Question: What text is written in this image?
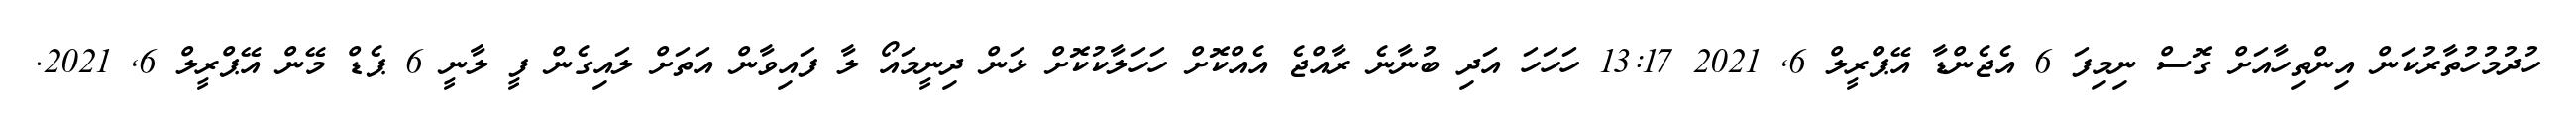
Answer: ހުދުމުހުތާރުކަން އިންތިހާއަށް ގޮސް ނިމިފަ 6 އެޖެންޑާ އޭޕްރީލް 6, 2021 13:17 ހަހަހަ އަދި ބުނާނެ ރާއްޖެ އެއްކޮށް ހަހަލާކުކޮށް ޅަން ދިނީމައޯ ލާ ފައިވާން އަތަށް ލައިގެން ފީ ލާނީ 6 ޕެޑް މޭން އޭޕްރީލް 6, 2021.